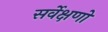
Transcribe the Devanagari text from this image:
सर्वेक्षणो